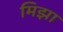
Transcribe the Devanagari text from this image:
मिझा